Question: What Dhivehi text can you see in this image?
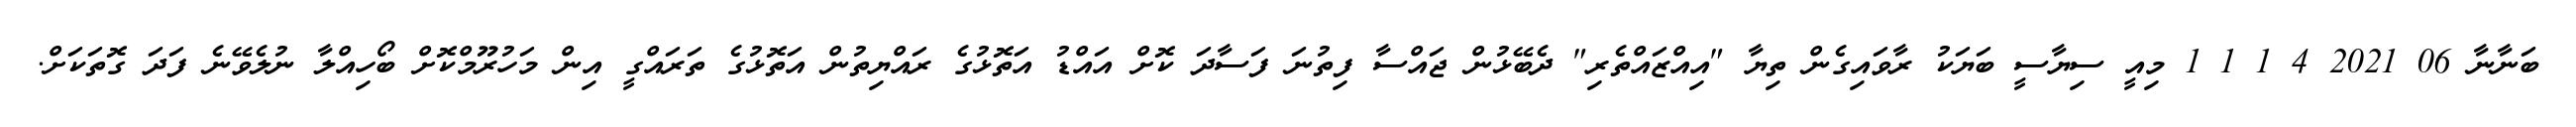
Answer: ބަނާނާ 06 2021 4 1 1 1 މިއީ ސިޔާސީ ބަޔަކު ރާވައިގެން ތިޔާ "އިއްޒައްތެރި" ދެބޭޅުން ޖައްސާ ފިތުނަ ފަސާދަ ކޮށް އައްޑު އަތޮޅުގެ ރައްޔިތުން އަތޮޅުގެ ތަރައްގީ އިން މަހުރޫމްކޮށް ބޯހިއްލާ ނުލެވޭނެ ފަދަ ގޮތަކަށް.